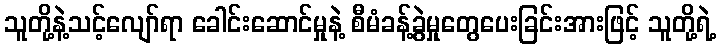
သူတို့နဲ့သင့်လျော်ရာ ခေါင်းဆောင်မှုနဲ့ စီမံခန့်ခွဲမှုတွေပေးခြင်းအားဖြင့် သူတို့ရဲ့